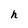
Character: h